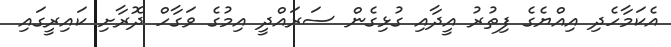
އެކަމާހެދި އިއްޔެގެ ފިތުރު އީދާއި ގުޅިގެން ސަރައްދީ އިމުގެ ވަގާހް ދޮރާށި ކައިރީގައި